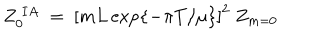
Z _ { 0 } ^ { ~ I A } ~ = ~ \left[ m L \exp \{ - \pi T / \mu \} \right] ^ { 2 } ~ Z _ { m = 0 }